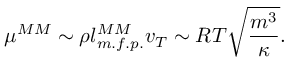
\mu ^ { M M } \sim \rho l _ { m . f . p . } ^ { M M } v _ { T } \sim R T \sqrt { \frac { m ^ { 3 } } { \kappa } } .